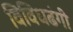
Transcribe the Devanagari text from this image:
विविधढंगी